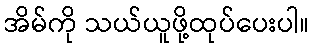
အိမ်ကို သယ်ယူဖို့ထုပ်ပေးပါ။